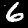
Label: 6